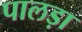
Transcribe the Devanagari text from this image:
पालड़ा